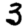
Digit: 3